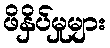
ဖိနှိပ်မှုများ